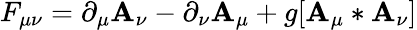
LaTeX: F_{\mu\nu}=\partial_{\mu}\mathbf{A}_{\nu}-\partial_{\nu}\mathbf{A}_{\mu}+g[\mathbf{A}_{\mu}*\mathbf{A}_{\nu}]